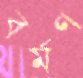
বর্মণ